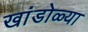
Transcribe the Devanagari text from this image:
खांडोळ्या